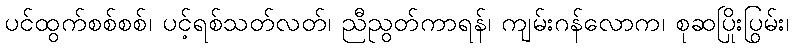
ပင်ထွက်စစ်စစ်၊ ပင့်ရစ်သတ်လတ်၊ ညီညွတ်ကာရန်၊ ကျမ်းဂန်လောက၊ စုဆပြိုးပြွမ်း၊